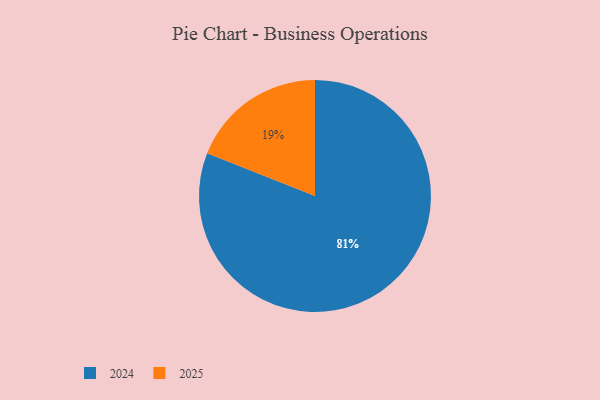
{"axis": {"x": "Category", "y": "Percentage"}, "legend": ["2024", "2025"], "data": [{"x": "2024", "y": 81, "type": "2024"}, {"x": "2025", "y": 19, "type": "2025"}]}